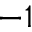
^ { - 1 }